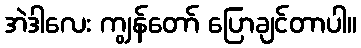
အဲဒါလေး ကျွန်တော် ပြောချင်တာပါ။